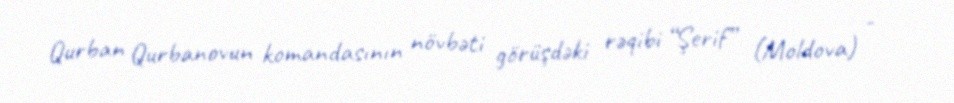
Qurban Qurbanovun komandasının növbəti görüşdəki rəqibi “Şerif” (Moldova) -